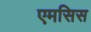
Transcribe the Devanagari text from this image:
एमसिस